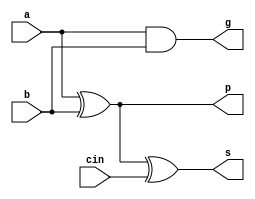
`timescale 1ps/1ps
module facl(a,b,cin,s,p,g);
  input a,b,cin;
  output s,p,g;
  
  assign #30 p = a ^ b;
  assign #20 g = a & b;
  assign #30 s = p ^ cin;
  
endmodule